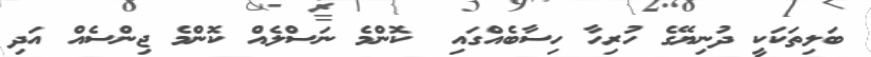
ބަލިތަކަކީ ދުނިޔޭގެ ހުރިހާ ހިސާބެއްގައި  ކޮންމެ ނަސްލެއް ކޮންމެ ޖިންސެއް އަދި